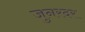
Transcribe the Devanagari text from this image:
जुनरदर